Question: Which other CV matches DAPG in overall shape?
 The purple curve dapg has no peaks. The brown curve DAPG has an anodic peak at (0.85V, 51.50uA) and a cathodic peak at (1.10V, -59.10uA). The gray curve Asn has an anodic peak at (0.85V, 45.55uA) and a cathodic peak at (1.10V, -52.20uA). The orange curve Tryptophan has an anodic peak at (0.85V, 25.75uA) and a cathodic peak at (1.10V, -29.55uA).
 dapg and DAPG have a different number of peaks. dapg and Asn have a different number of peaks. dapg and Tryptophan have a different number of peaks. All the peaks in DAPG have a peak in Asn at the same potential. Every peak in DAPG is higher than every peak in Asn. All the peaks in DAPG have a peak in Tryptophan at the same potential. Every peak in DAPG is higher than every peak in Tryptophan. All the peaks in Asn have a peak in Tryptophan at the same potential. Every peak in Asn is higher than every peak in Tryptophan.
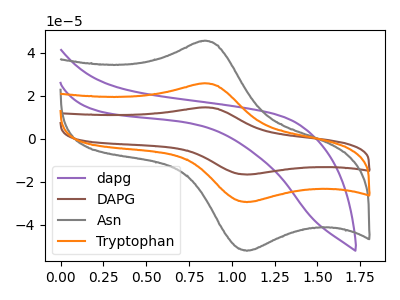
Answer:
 <answer>"DAPG" and "Tryptophan" have a similar shape to "Asn".</answer>
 <eval>"DAPG" "Tryptophan"</eval>